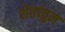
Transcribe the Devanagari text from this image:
शेतांतुन